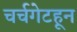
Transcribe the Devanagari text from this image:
चर्चगेटहून